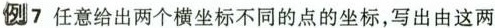
例7 任意给出两个横坐标不同的点的坐标，写出由这两